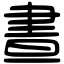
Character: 晝